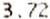
3.72